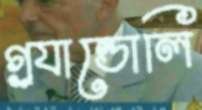
গ্র্যান্ডোলি